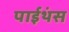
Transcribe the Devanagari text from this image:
पाईथंस